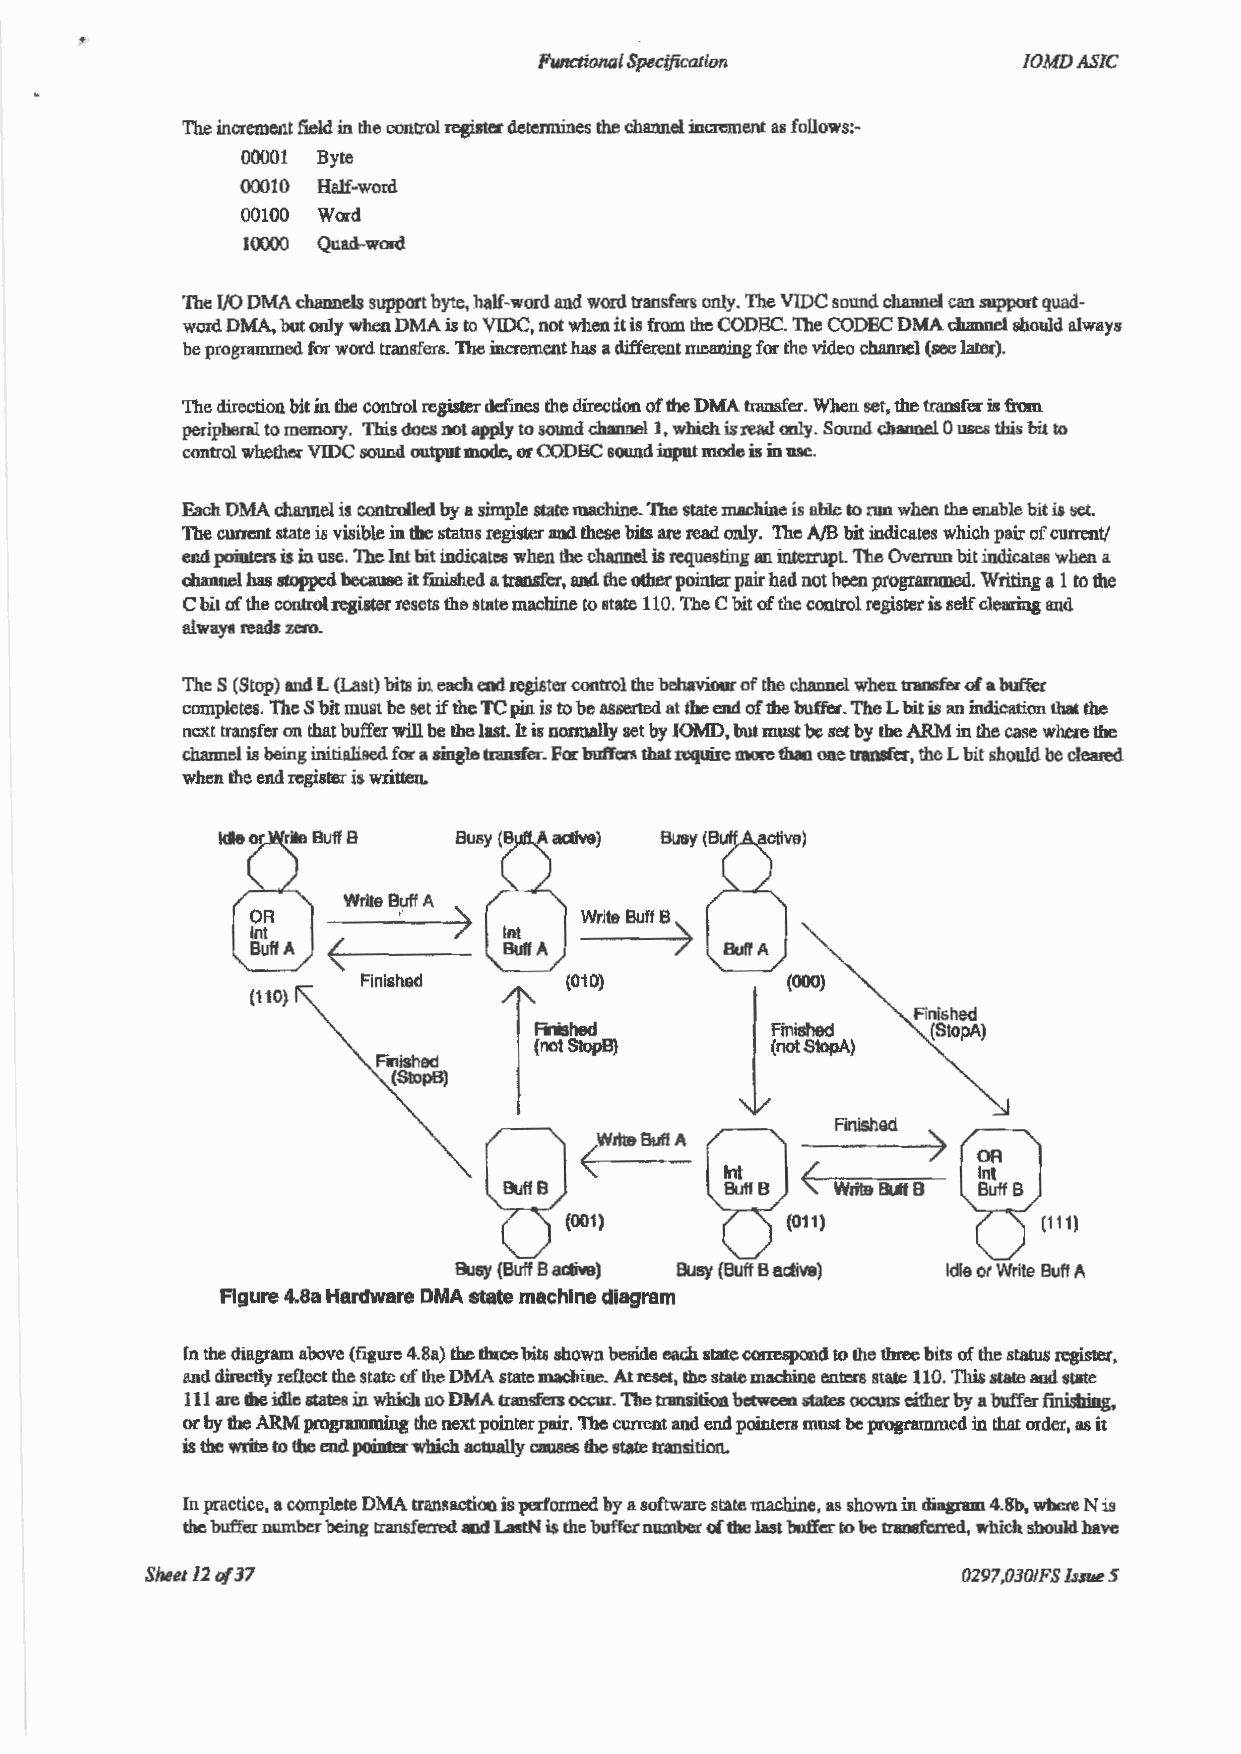
Functional Specification        IOMDASIC
 The increment field in the control register detennmes the channel increment as follows:-
 00001 Byte
 00010 Half-word
 00100 WO£d
 10000 Quad-wold
 The 1/0 DMA chwmels support byte, half-word and word transfers only. The VIDC sound channel can ~11pport quad
 word DMA, but only when DMA is to VIDC, not when it is from the CODBC. The CODEC DMA channel shollld always
 be programmed for word transfers. The incrementluls a different meaning for the video cbrumel (see later).
 The direction bit in the control register defines the direction of the DMA transfer. When set, the transfer it~ from
 peripheral to memory. This does not apply to sound channel I, which is read only. Sound channel 0 uses this bit to
 control whether VIDC sound output mode, or CODEC sound input mode is in use.
 Each DMA channel is controlled by a simple state machine. The state machine is able to run when the enable bit is set.
 The current state is visible in the statns register and these bits are read only. The A/B bit indicates which pair of current/
 end pointers is in use. The Int bit indicates when the channel is requesting an interrupt. The Overrun bit indicates when a
 channel has stopped because it finished a transfer, and the other pointer pair had not been programmed. Writing a 1 to the
 C bit af the control register resets the state machine to state 110. The C bit of the control register is self clearing and
 always reads zero.
 The S (Stop) and L (Last) bits in each end register control the behavioW" of the channel when transfer of a buffer
 completes. The S bit must be set if the TC pin is to be asserted at the end of the buffer. The L bit is an indication that the
 next transfer on tbat buffer will be !he last. It is nonnally set by IOMD, but must be set by the ARM in !he case where the
 channel is being initialised for a single transfer. For buffers that requiJ:e more than one transfer, the L bit should be cleared
 when the end register is written.
 Write BuffA >
 Write Buff B)
 <
 Finished                    (000)
 (110)
 Finished
 Finished        Finished   (StopA)
 (not StopB}     (not StopA)
 Finished
 (StopB)
 Finished
 <Write Buff A
 <
 Write Buff B
 Busy {Buff B active) Busy {Buff B acliw) Idle or Write Buff A
 Figure 4.8a Hardware DMA state machine diagram
 ln the diagram above (figure 4.8a) the three bits shown beside each state COireSpODd to the three bits of the status register,
 and directly reflect the state of the DMA state machine. At reset, the state machine entcr8 state 110. 'This state and state
 111 are dte idle states in which no DMA transfers occur. The transition between states occuts either by a buffer finisbing,
 or by the ARM programming the next pointer pair. The current and end pointers must be programmed in that order, as it
 is the write to the end pointer which actually cmlBes lhe state transition.
 In practice, a complete DMA transaction is perlarrned by a software state machine, as shown in diagram 4.Sb, where N is
 the buffer number bcing transferred and LastN is the buffer number of the last buffer to be trll08ferred, which should have
 S~et l2of37                                           0297,030/FS Issue 5